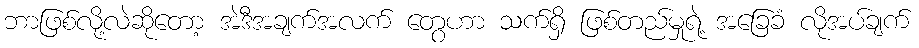
ဘာဖြစ်လို့လဲဆိုတော့ အဲဒီအချက်အလက် တွေဟာ သက်ရှိ ဖြစ်တည်မှုရဲ့ အခြေခံ လိုအပ်ချက်